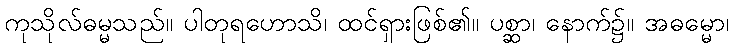
ကုသိုလ်ဓမ္မသည်။ ပါတုရဟောသိ၊ ထင်ရှားဖြစ်၏။ ပစ္ဆာ၊ နောက်၌။ အဓမ္မော၊